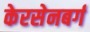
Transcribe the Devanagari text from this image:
केरसेनबर्ग